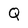
Character: Q